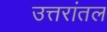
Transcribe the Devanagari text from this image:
उत्तरांतल